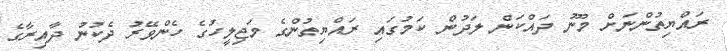
ރައްޔިތުންނަށް މޫނު ދައްކަން ލަދުން ކަމުގައި ރައްްޔިތުންގެ މަޖިލީހުގެ ހެންވޭރު ދެކުނު ދާއިރާގެ